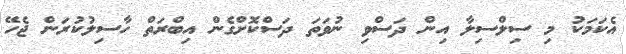
އެކަމަކު މި ސިލްސިލާ އިން ދަސްވި ނުވަތަ ދަސްކޮށްގެން އިބްރަތް ހާސިލުކުރަން ޖެހޭ